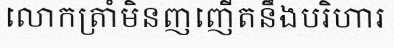
លោកត្រាំមិនញញើតនឹងបរិហារ